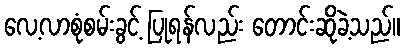
လေ့လာစုံစမ်းခွင့် ပြုရန်လည်း တောင်းဆိုခဲ့သည်။